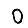
Digit: 0